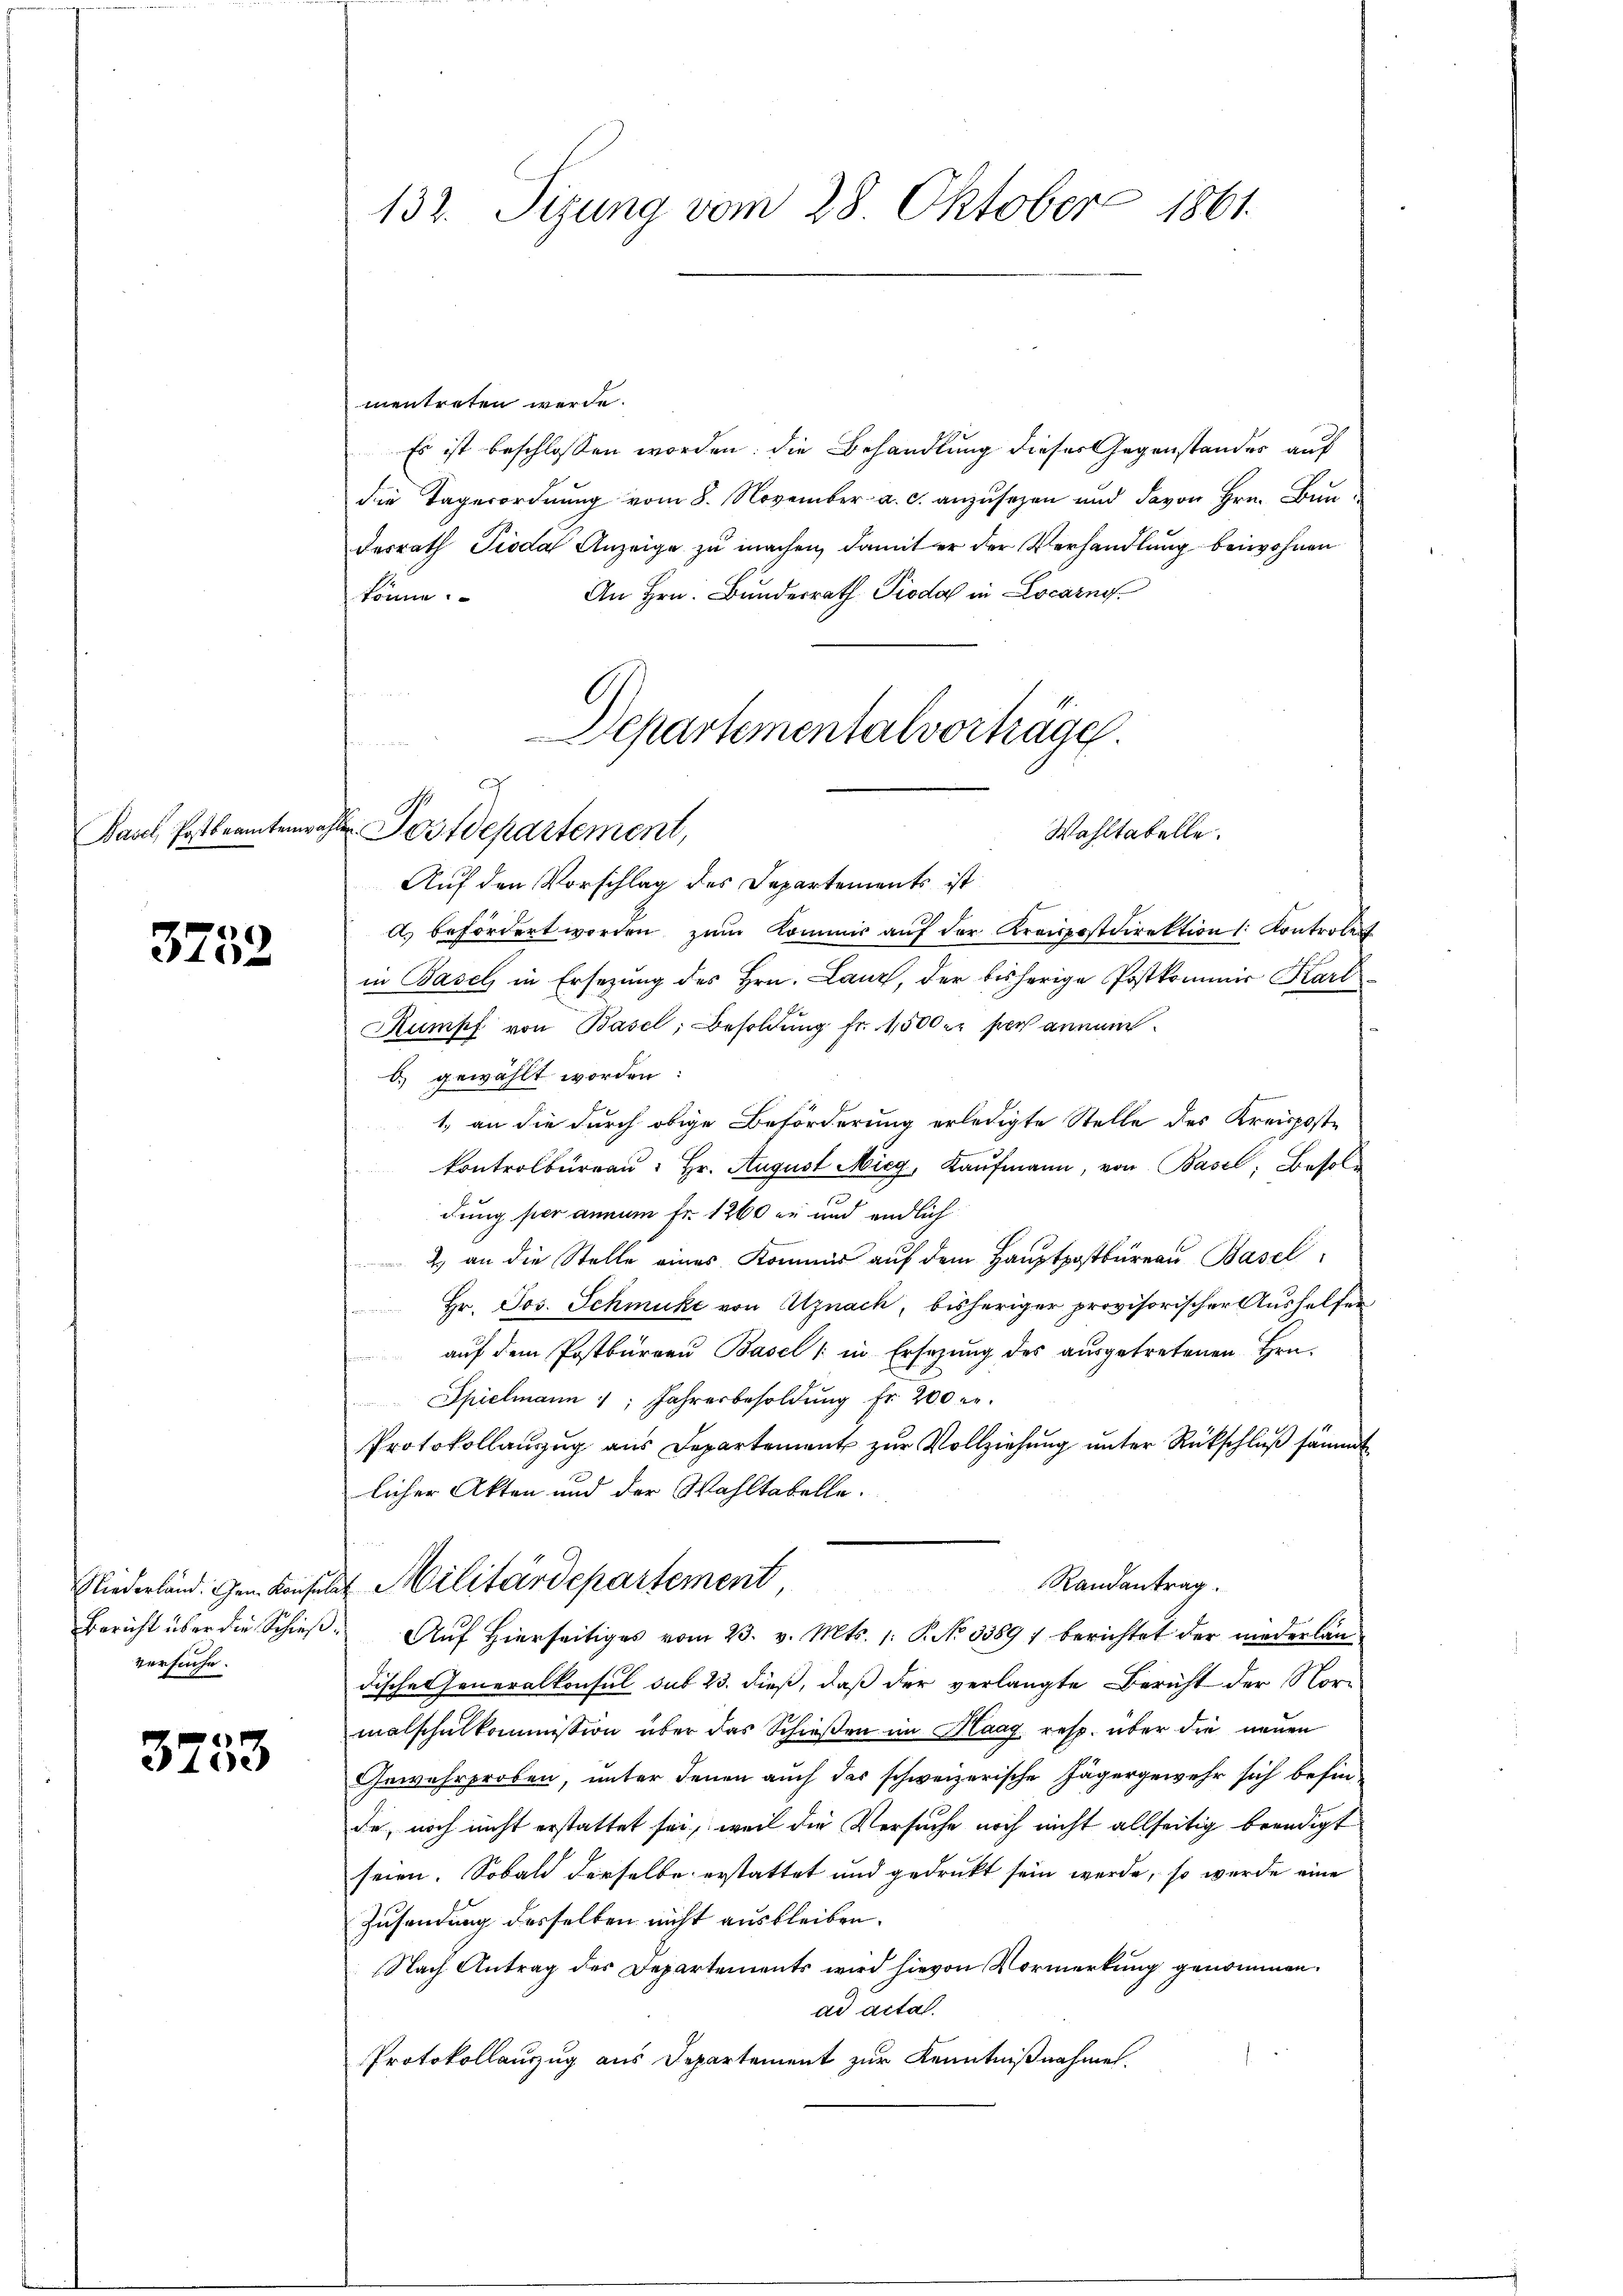
3732

Auf den Vorschlag des Departements ist
A. befördert werden zŭm Kommis aŭf der Kreispostdirektion (: Kontroler
in Basel in Ersezung des Hrn. Lanz, der bisherige Postkommer Karl
Rumpf von Basel, Besoldung fr. 1500 er sich annam
) gewählt worden:
1., an die durch obige Beförderung erledigte Stelle des Kreisposte
kontrolburgau: Hr. August Mieg, Kaŭfmann, von Basel, Besol¬
.
dung per annum Fr. 1260 er und endlich
2) an die Stelle eines Kommis auf dem Hauptpostbureau Basel
Hr. Jos. Schmucke von Uznach, bisheriger provisorischer Aushelfen
 aŭf dem Postbüreaŭ Basel in Ersetzŭng des aŭsgetretenen Hrn.
Spielmann 1 Jahresbesoldŭng fr. 200 r.
Protokollanzug aus Departement zŭr Vollziehŭng ŭnter Rückschluß sämmt
licher Akten und der Wahltabelle.
Randantrag.
Niederland. Gen. Konsuls Militärdepartement
Bericht über die Schieß. Auf Hierseitiges vom 23. v. Mts. 1. P. No 33897 berichtet der niederländische Generalkonsul sub 23. dieß, daß der verlangte Bericht der Nor-
malschalkommission über das Schießen im Haag resp. über die neuen
Gewehrproben, unter denen auch das schweizerische Jägergewehr sich befinde, noch nicht erstattet sei, weil die Versuche noch nicht allseitig beendigt
seien. Sobald derselbe erstattet und gedruckt sein werde, so wurde eine
Zusendung desselben nicht ausbleiben.
Nach Antrag des Departements wird hievon Vormerkung genommen.
ad acta.
Protokollauszug aus Departement zur Kenntnißnahme.

versuche.

3233

132. Sizung vom 28. Oktober 1861.

mentreten werde.
Es ist beschlossen worden; die Behandlung dieser Gegenstandes auf
die Tagesordnung vom 8. November a. c. anzusehen und davon Hrn. Bundesrath Pioda Anzeige zu machen, damit er der Verhandlung beiwohnen
An Hrn. Bundesrath Pioda in Locarno
könne.
Departementalvorträge.
n

d
Basel, Postbeamtenwahl Postdepartement,
Wahltatelle.